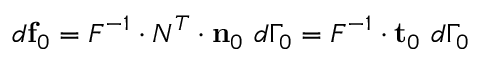
d \mathbf { f } _ { 0 } = { \boldsymbol { F } } ^ { - 1 } \cdot { \boldsymbol { N } } ^ { T } \cdot \mathbf { n } _ { 0 } ~ d \Gamma _ { 0 } = { \boldsymbol { F } } ^ { - 1 } \cdot \mathbf { t } _ { 0 } ~ d \Gamma _ { 0 }